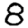
Digit: 8